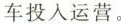
车投入运营。